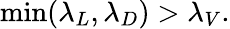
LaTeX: \textrm{min}(\lambda_{L},\lambda_{D})>\lambda_{V}.